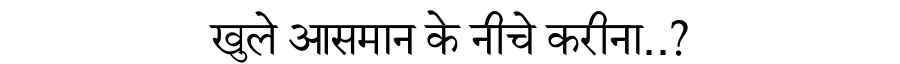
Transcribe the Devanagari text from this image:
खुले आसमान के नीचे करीना..?